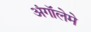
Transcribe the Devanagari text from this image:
अंगॉलेमे